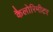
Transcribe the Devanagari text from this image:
कैलोरिमीटर